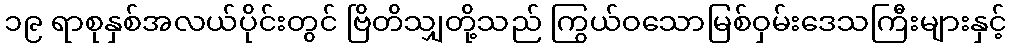
၁၉ ရာစုနှစ်အလယ်ပိုင်းတွင် ဗြိတိသျှတို့သည် ကြွယ်ဝသောမြစ်ဝှမ်းဒေသကြီးများနှင့်